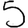
Digit: 5